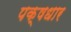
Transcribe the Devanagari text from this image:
पक्षधार